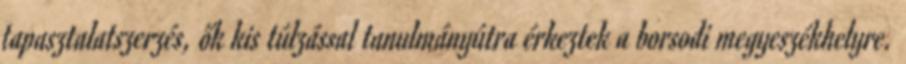
tapasztalatszerzés, ők kis túlzással tanulmányútra érkeztek a borsodi megyeszékhelyre.